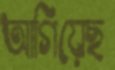
আগিয়েছ